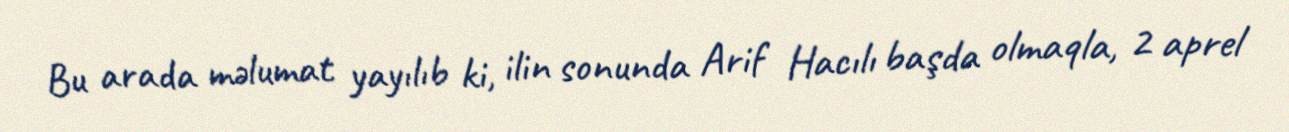
Bu arada məlumat yayılıb ki, ilin sonunda Arif Hacılı başda olmaqla, 2 aprel